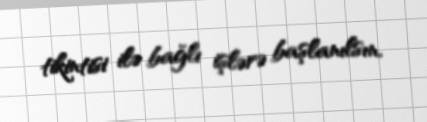
tikintisi ilə bağlı işlərə başlanılsın.